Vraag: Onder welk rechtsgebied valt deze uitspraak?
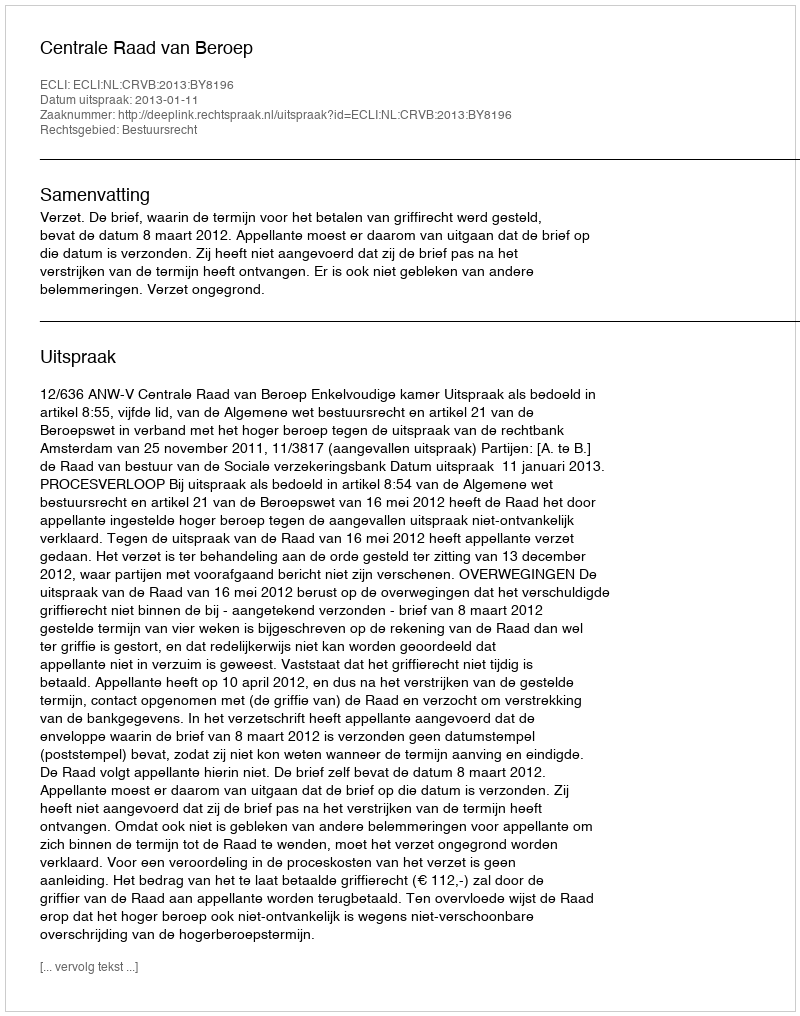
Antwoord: Bestuursrecht